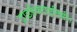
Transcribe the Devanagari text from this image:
ट्राइडैक्टाइलिडी।